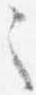
之